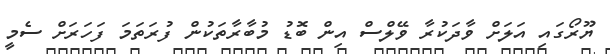
ޔޫރޯގައި އަލަށް ވާދަކުރާ ވޭލްސް އިން ބޮޑު މުބާރާތަކުން ފުރަތަމަ ފަހަރަށް ސެމީ